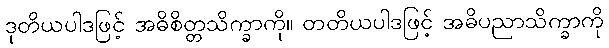
ဒုတိယပါဒဖြင့် အဓိစိတ္တသိက္ခာကို။ တတိယပါဒဖြင့် အဓိပညာသိက္ခာကို